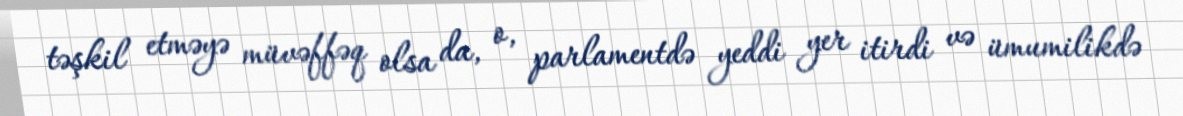
təşkil etməyə müvəffəq olsa da, o, parlamentdə yeddi yer itirdi və ümumilikdə